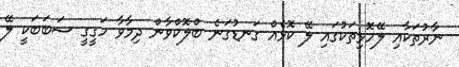
ނާރުތަކާއި ލޭހޮޅިތަކުގައި ލޭ ކޮޅެއް ގަނޑުގަނެ ބްލޮކްވާން ދިމާވާ ހަގީގީ ސަބަބަކީ ލޭ